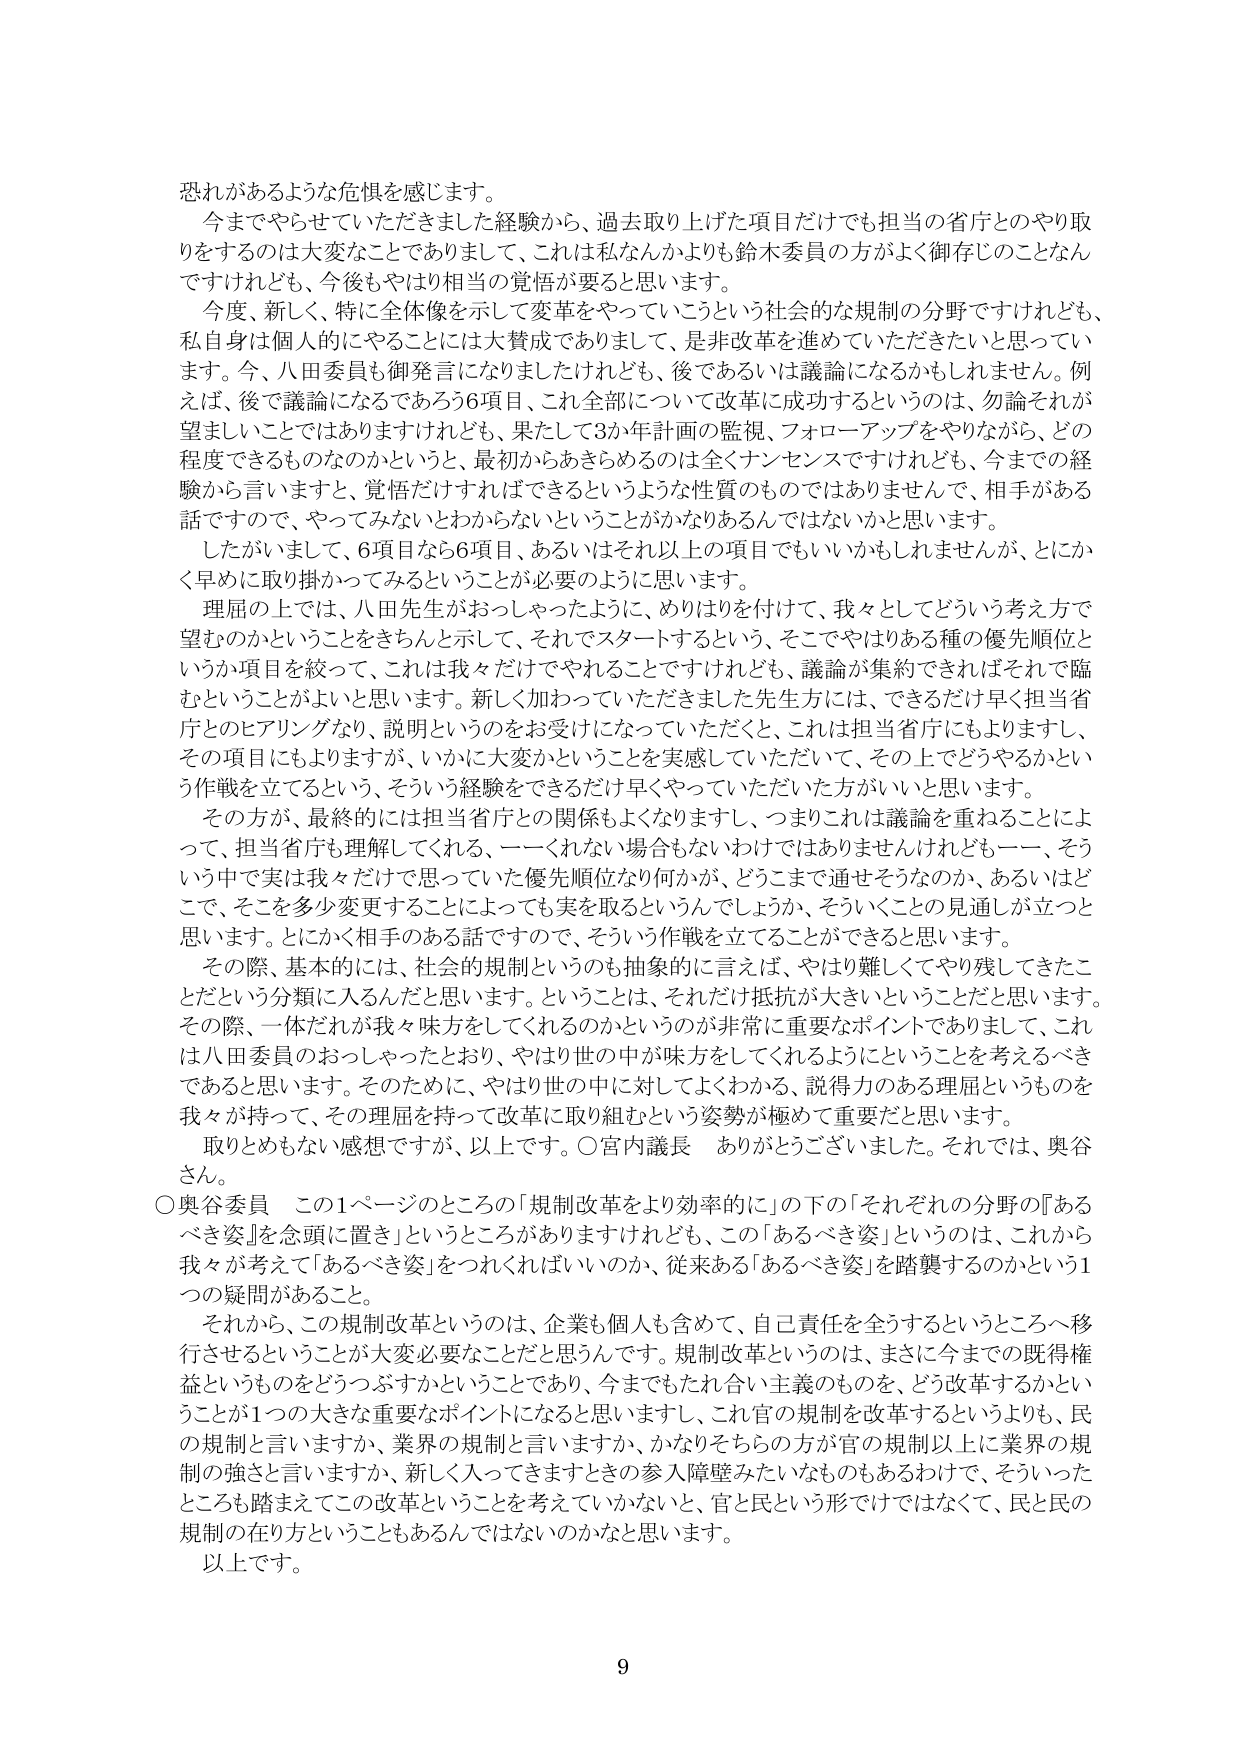
恐れがあるような危惧を感じます。

今までやらせていただきました経験から、過去取り上げた項目だけでも担当の省庁とのやり取りをするのは大変なことでありまして、これは私なんかよりも鈴木委員の方がよく御存じのことなんですがけれども、今後もやはり相当の覚悟が要ると思います。

今度、新しく、特に全体像を示して変革をやっていこうという社会的な規制の分野ですけれども、私自身は個人的にやることには大賛成でありまして、是非改革を進めていただきたいと思っています。今、八田委員も御発言になりましたけれども、後であるいは議論になるかもしれません。例えば、後で議論になるであろう6項目、これ全部について改革に成功するというのは、勿論それが望ましいことではありますけれども、果たして3か年計画の監視、フォローアップをやりながら、どの程度できるものなのかというと、最初からあきらめるのは全くナンセンスですけれども、今までの経験から言いますと、覚悟だけすればできるというような性質のものではありませんで、相手がある話ですので、やってみないとわからないということがかなりあるんじゃないかと思います。

したがいまして、6項目なら6項目、あるいはそれ以上の項目でもいいかもしれませんが、とにかく早めに取り掛かってみるということが必要のように思います。

理屈の上では、八田先生がおっしゃったように、めりはりを付けて、我々としてどういう考え方で望むのかということをきちんと示して、それでスタートするという、そこでやはりある種の優先順位というか項目を絞って、これは我々だけでやれることですけれども、議論が集約できればそれこそ臨むということがよいと思います。新しく加っていただきました先生方には、できるだけ早く担当省庁とのヒアリングなり、説明というのをお受けになっていただいて、これは担当省庁にもよりますし、その項目にもよりますが、いかに大変かということを実感していただいて、その上でどうやるかという作戦を立てるという、そういう経験をできるだけ早くやっていただいた方がいいと思います。

その方が、最終的には担当省庁との関係もよくなりますし、つまりこれは議論を重ねることによって、担当省庁も理解してくれる、一くれない場合もないわけではありませんけれども一、そういう中で実は我々だけで思っていた優先順位なり何かが、どこまで通せそうなのか、あるいはどこで、そこを多少変更することによっても実を取るというんでしょうか、そういうことの見通しが立つと思います。とにかく相手のある話ですので、そういう作戦を立てることができると思います。

その際、基本的には、社会的規制というのも抽象的に言えば、やはり難しくてやり残してきたことだという分類に入るんだと思います。ということは、それだけ抵抗が大きいということだと思います。その際、一体だれが我々味方をしてくれるのかというのが非常に重要なポイントでありまして、これは八田委員のおっしゃったとおり、やはり世の中が味方をしてくれるようにということを考えるべきであると思います。そのために、やはり世の中に対してよくわかる、説得力のある理屈というものを我々が持って、その理屈を持って改革に取り組むという姿勢が極めて重要だと思います。

取りとめもない感想ですが、以上です。○宮内議長　ありがとうございました。それでは、奥谷さん。

○奥谷委員　この1ページのところの「規制改革をより効率的に」の下の「それぞれの分野の『あるべき姿』を念頭に置き」というところがありますけれども、この「あるべき姿」というのは、これから我々が考えて「あるべき姿」をつければいいのか、従来ある「あるべき姿」を踏襲するのかという1つの疑問があること。

それから、この規制改革というのは、企業も個人も含めて、自己責任を全うするというところへ移行させるということが大変必要なことだと思います。規制改革というのは、まさに今までの既得権益というものをどうつぶすかということであり、今までもたれ合い主義のものを、どう改革するかということが1つの大きな重要なポイントになると思いますし、これ官の規制を改革するというよりも、民の規制と言いますか、業界の規制と言いますか、かなりそちらの方が官の規制以上に業界の規制の強さと言いますか、新しく入ってきますときの参入障壁みたいなものもあるわけで、そういったところも踏まえてこの改革ということを考えていかないと、官と民という形だけではなくて、民と民の規制の在り方ということもあるんじゃないのかなと思います。

以上です。

9